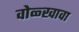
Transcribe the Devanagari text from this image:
वोळ्खावा